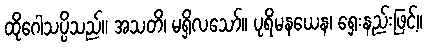
ထိုဂေါသပ္ပိသည်။ အသတိ၊ မရှိလသော်။ ပုရိမနယေန၊ ရှေးနည်းဖြင့်။